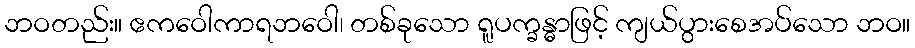
ဘဝတည်း။ ဧကဝေါကာရဘဝေါ၊ တစ်ခုသော ရူပက္ခန္ဓာဖြင့် ကျယ်ပွားစေအပ်သော ဘဝ။